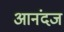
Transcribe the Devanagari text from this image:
आनंदज